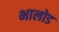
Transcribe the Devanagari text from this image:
भालोड